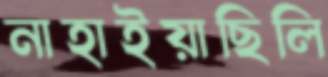
নাহাইয়াছিলি